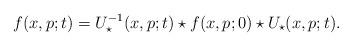
LaTeX: \begin{align*}f(x,p;t)=U_{\star}^{-1} (x,p;t) \star f(x,p;0)\star U_{\star}(x,p;t) . \end{align*}